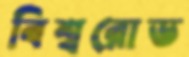
বিশ্বরোড